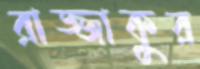
রাজ্জাকুর